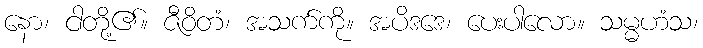
နော၊ ငါတို့၏။ ဇီဝိတံ၊ အသက်ကို။ အပိဒဒေ၊ ပေးပါလော။ သမ္မဟံသ၊